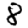
Digit: 8